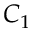
C _ { 1 }